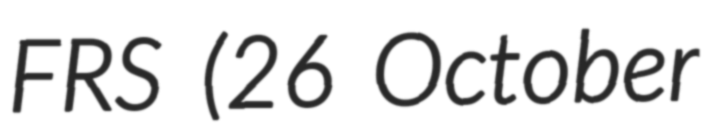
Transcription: FRS (26 October